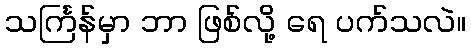
သင်္ကြန်မှာ ဘာ ဖြစ်လို့ ရေ ပက်သလဲ။